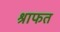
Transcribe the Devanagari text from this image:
श्राफत